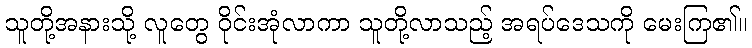
သူတို့အနားသို့ လူတွေ ဝိုင်းအုံလာကာ သူတို့လာသည့် အရပ်ဒေသကို မေးကြ၏။